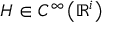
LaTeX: H \in C ^ { \infty } \left( \mathbb { R } ^ { i } \right)